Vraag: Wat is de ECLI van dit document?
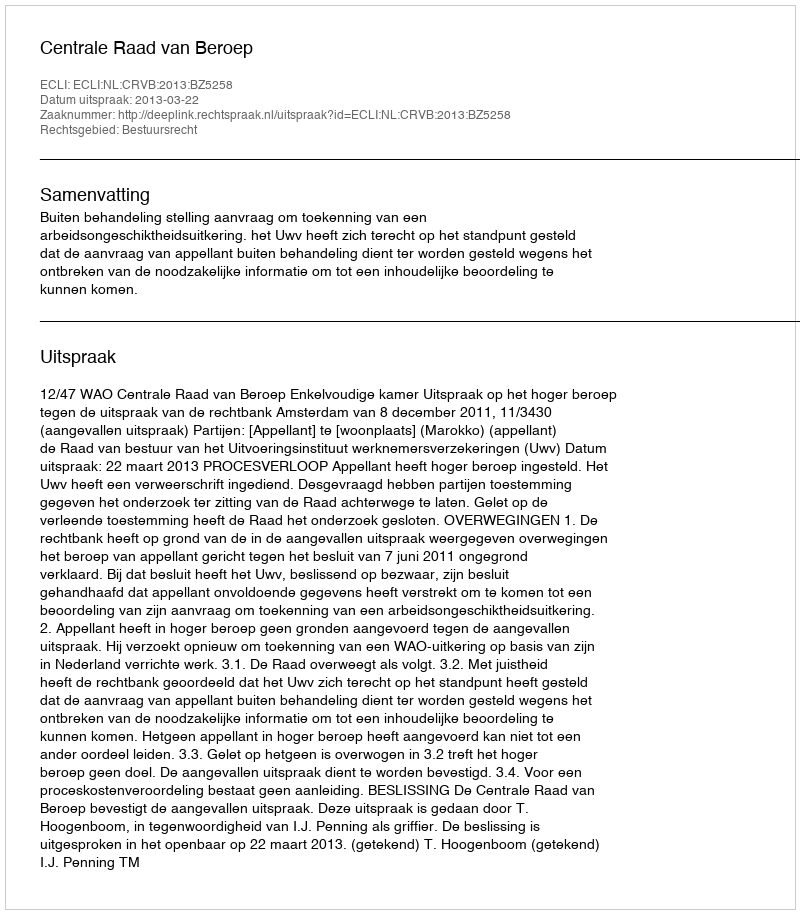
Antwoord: ECLI:NL:CRVB:2013:BZ5258